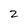
Character: 2